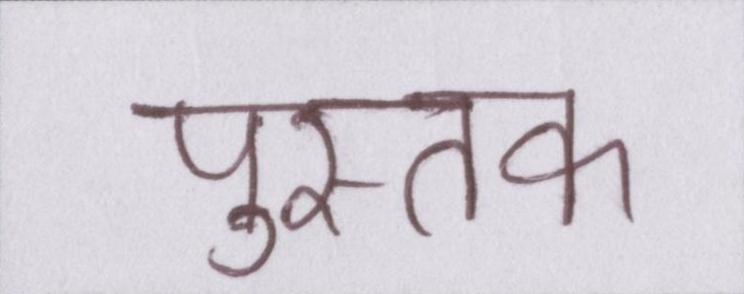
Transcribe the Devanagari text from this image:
पुस्तक